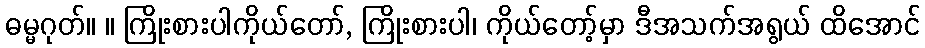
ဓမ္မဂုတ်။ ။ ကြိုးစားပါကိုယ်တော်, ကြိုးစားပါ၊ ကိုယ်တော့်မှာ ဒီအသက်အရွယ် ထိအောင်